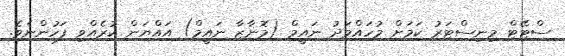
ސްޓޭޓް މިނިސްޓަރު ކަމަށް މުހައްމަދު ނައީމް (މޮނާޒާ ނައީމް) އައްޔަން ކުރެއްވި ފަހުންނެވެ.